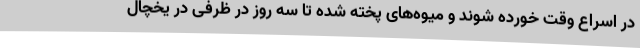
در اسراع وقت خورده شوند و میوه‌های پخته شده تا سه روز در ظرفی در یخچال